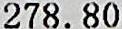
278.80